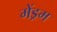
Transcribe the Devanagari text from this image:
मेंड्रम